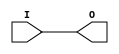
// SPDX-License-Identifier: CERN-OHL-P
//
// Copyright 2022-2024 Wavelet Lab
//
// USDR PROJECT
// CLEAN
//
module BUFG(
    input I,
    output O
);

assign O = I;

endmodule